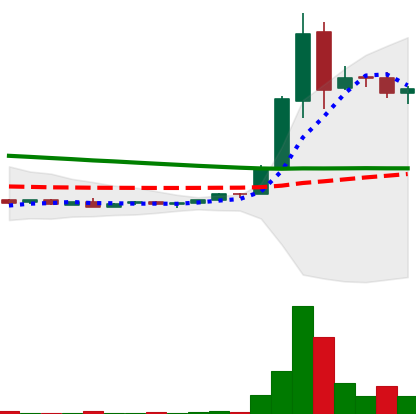
Ticker: DOGE-USD
Chart end date: 2018-09-06
Forward return: 26.327%
Label: up_7plus